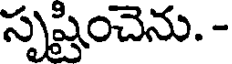
సృష్టించెను. -